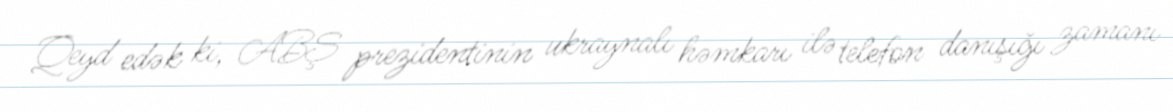
Qeyd edək ki, ABŞ prezidentinin ukraynalı həmkarı ilə telefon danışığı zamanı